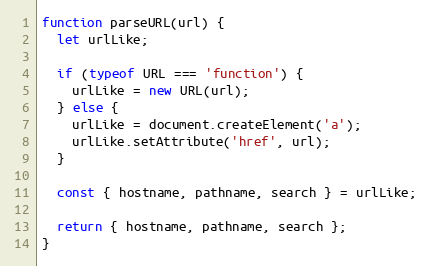
Language: JavaScript
function parseURL(url) {
  let urlLike;

  if (typeof URL === 'function') {
    urlLike = new URL(url);
  } else {
    urlLike = document.createElement('a');
    urlLike.setAttribute('href', url);
  }

  const { hostname, pathname, search } = urlLike;

  return { hostname, pathname, search };
}